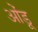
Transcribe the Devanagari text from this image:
ओंडू